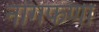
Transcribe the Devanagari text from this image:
नागफणा